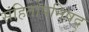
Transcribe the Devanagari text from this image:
संहितोपनिषद्